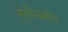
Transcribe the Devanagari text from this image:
मूर्तींसमोर